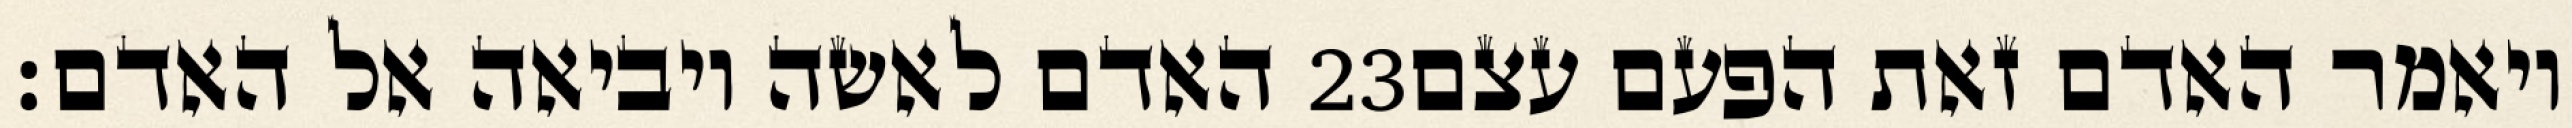
האדם לאשה ויביאה אל האדם׃ ‎23‏ ויאמר האדם זאת הפעם עצם